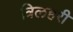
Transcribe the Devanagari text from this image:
त्रिलहरी